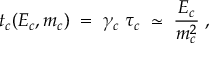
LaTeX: t _ { c } ( E _ { c } , m _ { c } ) \; = \; \gamma _ { c } \; \tau _ { c } \; \simeq \; \frac { E _ { c } } { m _ { c } ^ { 2 } } \; ,